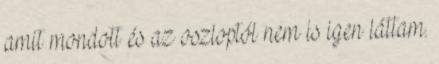
amit mondott és az oszloptól nem is igen láttam.